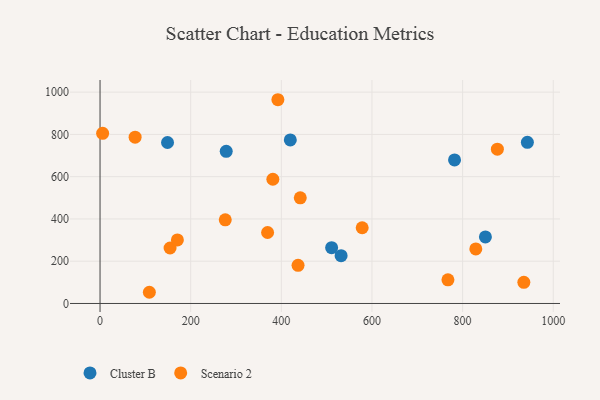
{"axis": {"x": "Investment", "y": "Yield"}, "legend": ["Cluster B", "Scenario 2"], "data": [{"x": "942.9", "y": 762.5, "type": "Cluster B"}, {"x": "148.9", "y": 761.6, "type": "Cluster B"}, {"x": "511.0", "y": 264.2, "type": "Cluster B"}, {"x": "419.8", "y": 774.0, "type": "Cluster B"}, {"x": "278.4", "y": 720.1, "type": "Cluster B"}, {"x": "782.2", "y": 679.4, "type": "Cluster B"}, {"x": "531.9", "y": 226.4, "type": "Cluster B"}, {"x": "850.3", "y": 314.8, "type": "Cluster B"}, {"x": "392.4", "y": 964.1, "type": "Scenario 2"}, {"x": "154.5", "y": 262.4, "type": "Scenario 2"}, {"x": "170.7", "y": 300.8, "type": "Scenario 2"}, {"x": "876.7", "y": 730.2, "type": "Scenario 2"}, {"x": "369.7", "y": 335.9, "type": "Scenario 2"}, {"x": "5.7", "y": 805.1, "type": "Scenario 2"}, {"x": "935.1", "y": 99.9, "type": "Scenario 2"}, {"x": "767.6", "y": 112.1, "type": "Scenario 2"}, {"x": "436.9", "y": 180.5, "type": "Scenario 2"}, {"x": "829.1", "y": 258.2, "type": "Scenario 2"}, {"x": "77.4", "y": 786.7, "type": "Scenario 2"}, {"x": "578.4", "y": 358.2, "type": "Scenario 2"}, {"x": "108.8", "y": 53.0, "type": "Scenario 2"}, {"x": "381.3", "y": 587.8, "type": "Scenario 2"}, {"x": "276.3", "y": 396.0, "type": "Scenario 2"}, {"x": "441.8", "y": 499.9, "type": "Scenario 2"}]}